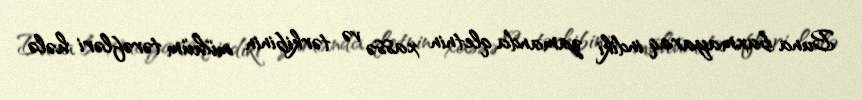
Buna baxmayaraq indiki zamanda qletnin xassə və tərkibinin mühüm tərəfləri hələ